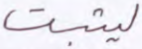
ليثبت